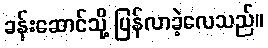
ခန်းဆောင်သို့ ပြန်လာခဲ့လေသည်။